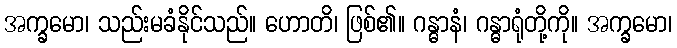
အက္ခမော၊ သည်းမခံနိုင်သည်။ ဟောတိ၊ ဖြစ်၏။ ဂန္ဓာနံ၊ ဂန္ဓာရုံတို့ကို။ အက္ခမော၊